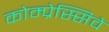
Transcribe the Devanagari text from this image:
कोम्प्रेस्सिवे